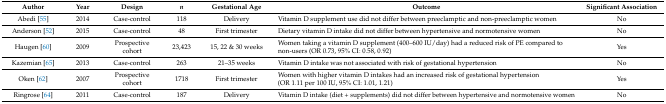
| Author | Year | Design | n | Gestational Age | Outcome | Significant Association |
 | --- | --- | --- | --- | --- | --- | --- |
 | Abedi [55] | 2014 | Case-control | 118 | Delivery | Vitamin D supplement use did not differ between preeclamptic and non-preeclamptic women | No |
 | Anderson [52] | 2015 | Case-control | 48 | First trimester | Dietary vitamin D intake did not differ between hypertensive and normotensive women | No |
 | Haugen [60] | 2009 | Prospective cohort | 23,423 | 15, 22 & 30 weeks | Women taking a vitamin D supplement (400–600 IU/day) had a reduced risk of PE compared to non-users (OR 0.73, 95% CI: 0.58, 0.92) | Yes |
 | Kazemian [65] | 2013 | Case-control | 263 | 21–35 weeks | Vitamin D intake was not associated with risk of gestational hypertension | No |
 | Oken [62] | 2007 | Prospective cohort | 1718 | First trimester | Women with higher vitamin D intakes had an increased risk of gestational hypertension (OR 1.11 per 100 IU, 95% CI: 1.01, 1.21) | Yes |
 | Ringrose [64] | 2011 | Case-control | 187 | Delivery | Vitamin D intake (diet + supplements) did not differ between hypertensive and normotensive women | No |